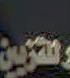
والتورين